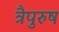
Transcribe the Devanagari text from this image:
त्रैपुरुष